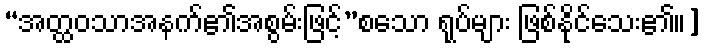
“အတ္ထဝသာအနက်၏အစွမ်းဖြင့်”စသော ရုပ်များ ဖြစ်နိုင်သေး၏။]